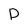
Character: P